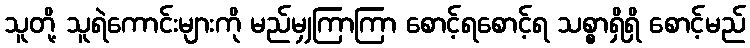
သူတို့ သူရဲကောင်းများကို မည်မျှကြာကြာ စောင့်ရစောင့်ရ သစ္စာရှိရှိ စောင့်မည်